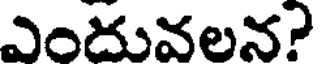
ఎందువలన?